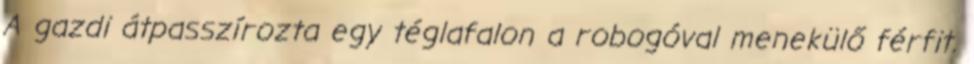
A gazdi átpasszírozta egy téglafalon a robogóval menekülő férfit.